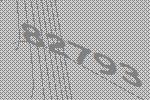
82793